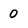
Character: 0